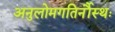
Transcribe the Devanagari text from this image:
अनुलोमगतिर्नौस्थः